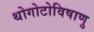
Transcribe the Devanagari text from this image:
थोगोटोविषाणु